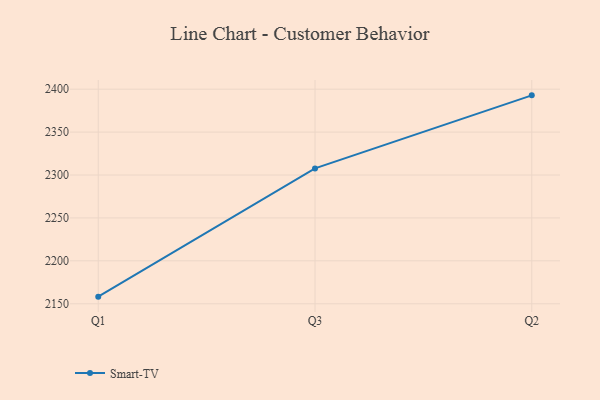
{"axis": {"x": "Quarter", "y": "Bounce Rate (%)"}, "legend": ["Smart-TV"], "data": [{"x": "Q1", "y": 2158.3, "type": "Smart-TV"}, {"x": "Q3", "y": 2307.7, "type": "Smart-TV"}, {"x": "Q2", "y": 2392.8, "type": "Smart-TV"}]}